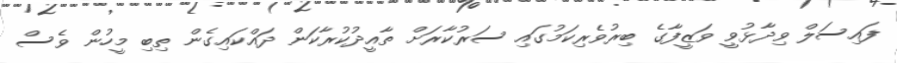
ފައިސަލް ވިދާޅުވީ ވަޒީފާގެ ބިރުވެރިކަމުގައި ސަރުކާރަށް ތާއީދުކުރާކަން ދައްކައިގެން ތިބި މީހުން ވެސް